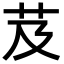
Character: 芨